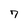
Character: 7